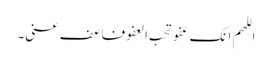
اللھم انک عفو تحب العفو فاعف عنی۔